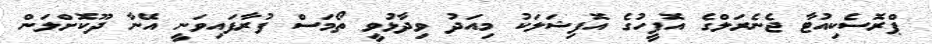
ޕްރޮސެކިއުޓާ ޖެނެރަލްގެ އޮފީހުގެ އޮފިޝަލަކު މިއަދު ވިދާޅުވީ ތޯމަސް ފުރާފައިވަނީ އޭނާ ދޫކޮށްލަން